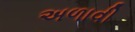
અળાવી